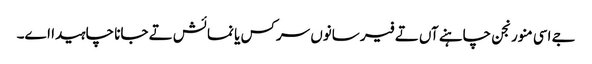
جے اسی منورنجن چاہنے آں تے فیر سانوں سرکس یا نمائش تے جانا چاہیدا اے۔